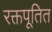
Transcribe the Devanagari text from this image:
रक्तपूतित